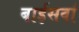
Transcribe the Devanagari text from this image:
बाईसवां